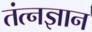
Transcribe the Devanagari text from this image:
तंत्नज्ञान